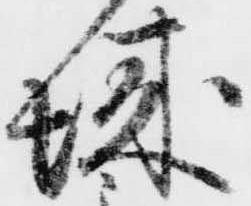
城